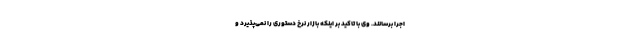
اجرا برسانند. وی با تاکید بر اینکه بازار نرخ دستوری را نمی‌پذیرد و